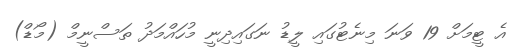
އެ ޓީމަށް 19 ވަނަ މިނެޓުގައި ލީޑު ނަގައިދިނީ މުހައްމަދު ތަސްނީމް (މޯޑް)